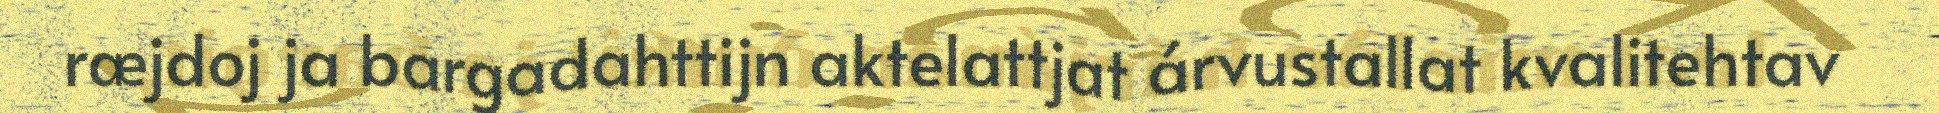
ræjdoj ja bargadahttijn aktelattjat árvustallat kvalitehtav